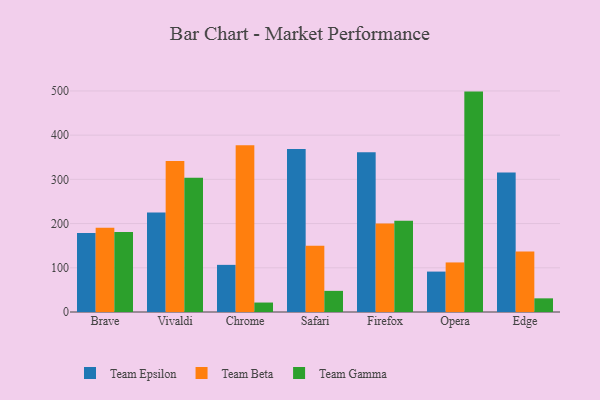
{"axis": {"x": "Browser", "y": "Headcount"}, "legend": ["Team Beta", "Team Epsilon", "Team Gamma"], "data": [{"x": "Brave", "y": 178.5, "type": "Team Epsilon"}, {"x": "Brave", "y": 190.7, "type": "Team Beta"}, {"x": "Brave", "y": 181.1, "type": "Team Gamma"}, {"x": "Vivaldi", "y": 224.9, "type": "Team Epsilon"}, {"x": "Vivaldi", "y": 341.5, "type": "Team Beta"}, {"x": "Vivaldi", "y": 303.4, "type": "Team Gamma"}, {"x": "Chrome", "y": 106.6, "type": "Team Epsilon"}, {"x": "Chrome", "y": 377.2, "type": "Team Beta"}, {"x": "Chrome", "y": 21.4, "type": "Team Gamma"}, {"x": "Safari", "y": 368.8, "type": "Team Epsilon"}, {"x": "Safari", "y": 149.7, "type": "Team Beta"}, {"x": "Safari", "y": 47.8, "type": "Team Gamma"}, {"x": "Firefox", "y": 361.4, "type": "Team Epsilon"}, {"x": "Firefox", "y": 200.0, "type": "Team Beta"}, {"x": "Firefox", "y": 206.3, "type": "Team Gamma"}, {"x": "Opera", "y": 91.4, "type": "Team Epsilon"}, {"x": "Opera", "y": 112.1, "type": "Team Beta"}, {"x": "Opera", "y": 498.5, "type": "Team Gamma"}, {"x": "Edge", "y": 315.6, "type": "Team Epsilon"}, {"x": "Edge", "y": 136.7, "type": "Team Beta"}, {"x": "Edge", "y": 30.9, "type": "Team Gamma"}]}